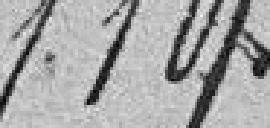
119